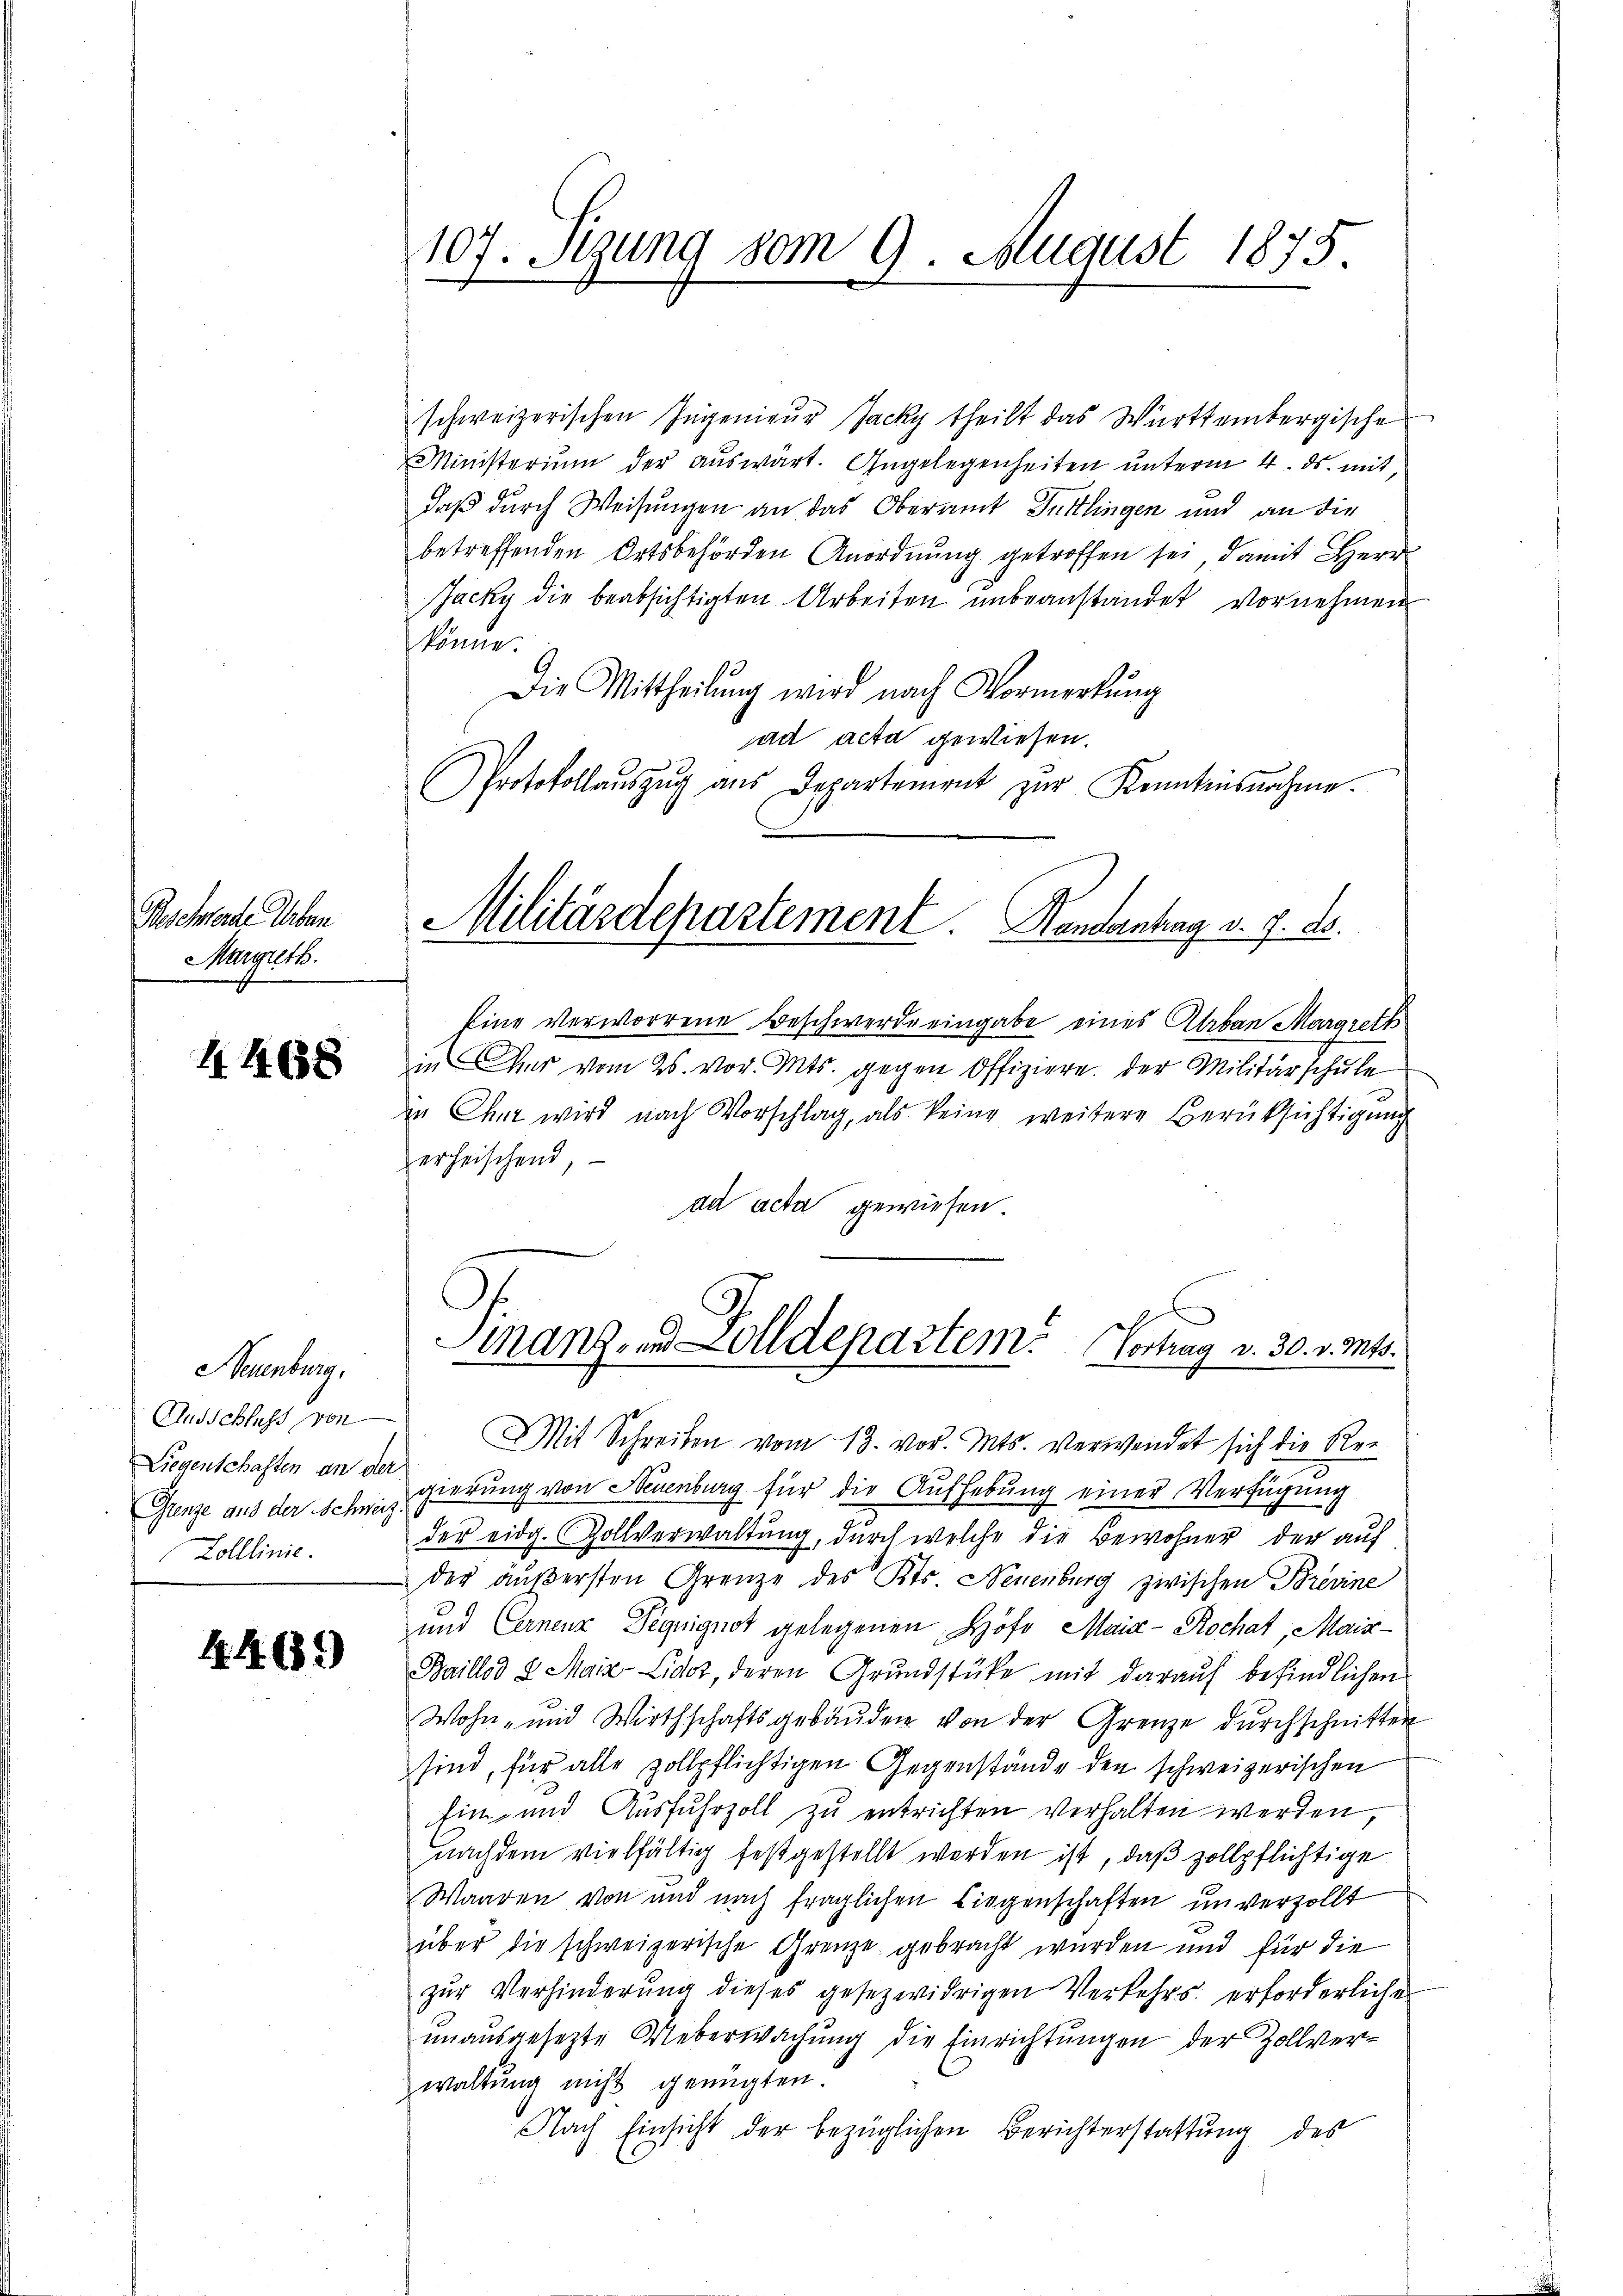
Beschwerde Erben
Marguth.

4468

Neuenburg,
Liegenschaften an der
Zolllinie.

44. 689)

107. Segung vom 9. August 1875.

schweizerischen Ingenieur Jacky theilt das Württembergische
Ministerium der auswärt. Angelegenheiten unterm 4. ds. mit,
daß durch Weisungen an das Oberamt Tuttlingen und an die
betreffenden Ortsbehörden Anordnung getroffen sei, damit Herr
Jacky die beabsichtigten Arbeiten unbeanstandet vornehmen
könne.
Die Mittheilung wird nach Vormerkung
ad acta gewiesen.
Protokolaŭszŭg aŭs Departament zŭr Kenntnisnahme.
Militärdepartement Handantag v. 7. d.

Eine Verworrene Beschwerde eingabe eines Alban Margreth

in er vom 26. vor. Mts. gegen Offiziere der Militärschule
die Chur wird nach Vorschlag, als keine weitere Berüksichtigung
erheischend,
dd acta gewiesen.

Finanz- und Zolldepartem Vortrag v. 30. v. Mts.

Ausschluss von Mit Schreiben vom 13. vor. Mts. verwendet sich die Rei¬
Grenze aus der Schweiz gierung von Neuenburg für die Aufhebung einer Verfügung
der eidg. Zollverwaltung, durch welche die Bewohner der auf
der äußersten Grenze des Kts. Neuenburg zwischen Brevine
und Carnenz Deguignot gelegenen Höfe Maia- Rochat, Mais-
Baillod 8 Maiz-Lidor, deren Grundstücke mit darauf befindlichen
Wohn- und Wirthschaftsgebäŭden von der Grenze durchschnitter
sind, für alle zollpflichtigen Gegenstände den schweizerischen
Ein- und Ausfuhrzoll zu entrichten verhalten werden,
nachdem vielfältig festgestellt worden ist, daß zollpflichtige
Waaren von und nach fraglichen Liegenschaften unverzollt
über die schweizerische Grenze gebracht wurden und für die
zur Verhinderung dieses gesezwidrigen Verkehrs erforderliche
unausgesezte Ueberwachung die Einrichtungen der Zollverwaltung nicht genügten.
Nach Einsicht der bezüglichen Berichterstattung des